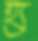
হ্য